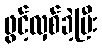
ဖွင့်လှစ်ခဲ့ပြီး